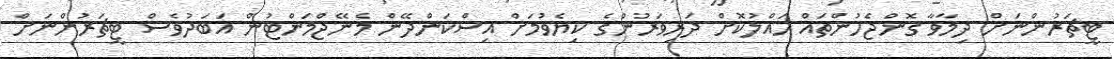
ޓީޗަރުންނަށް ދިމާވާ ގޮންޖެހުންތައް ހައްލުކޮށް ދަރިވަރުންގެ ކިޔެވުމަށް އިސްކަންދޭން މެނޭޖްމަންޓުން އަބަދުވެސް ޓީޗަރުންނަށް